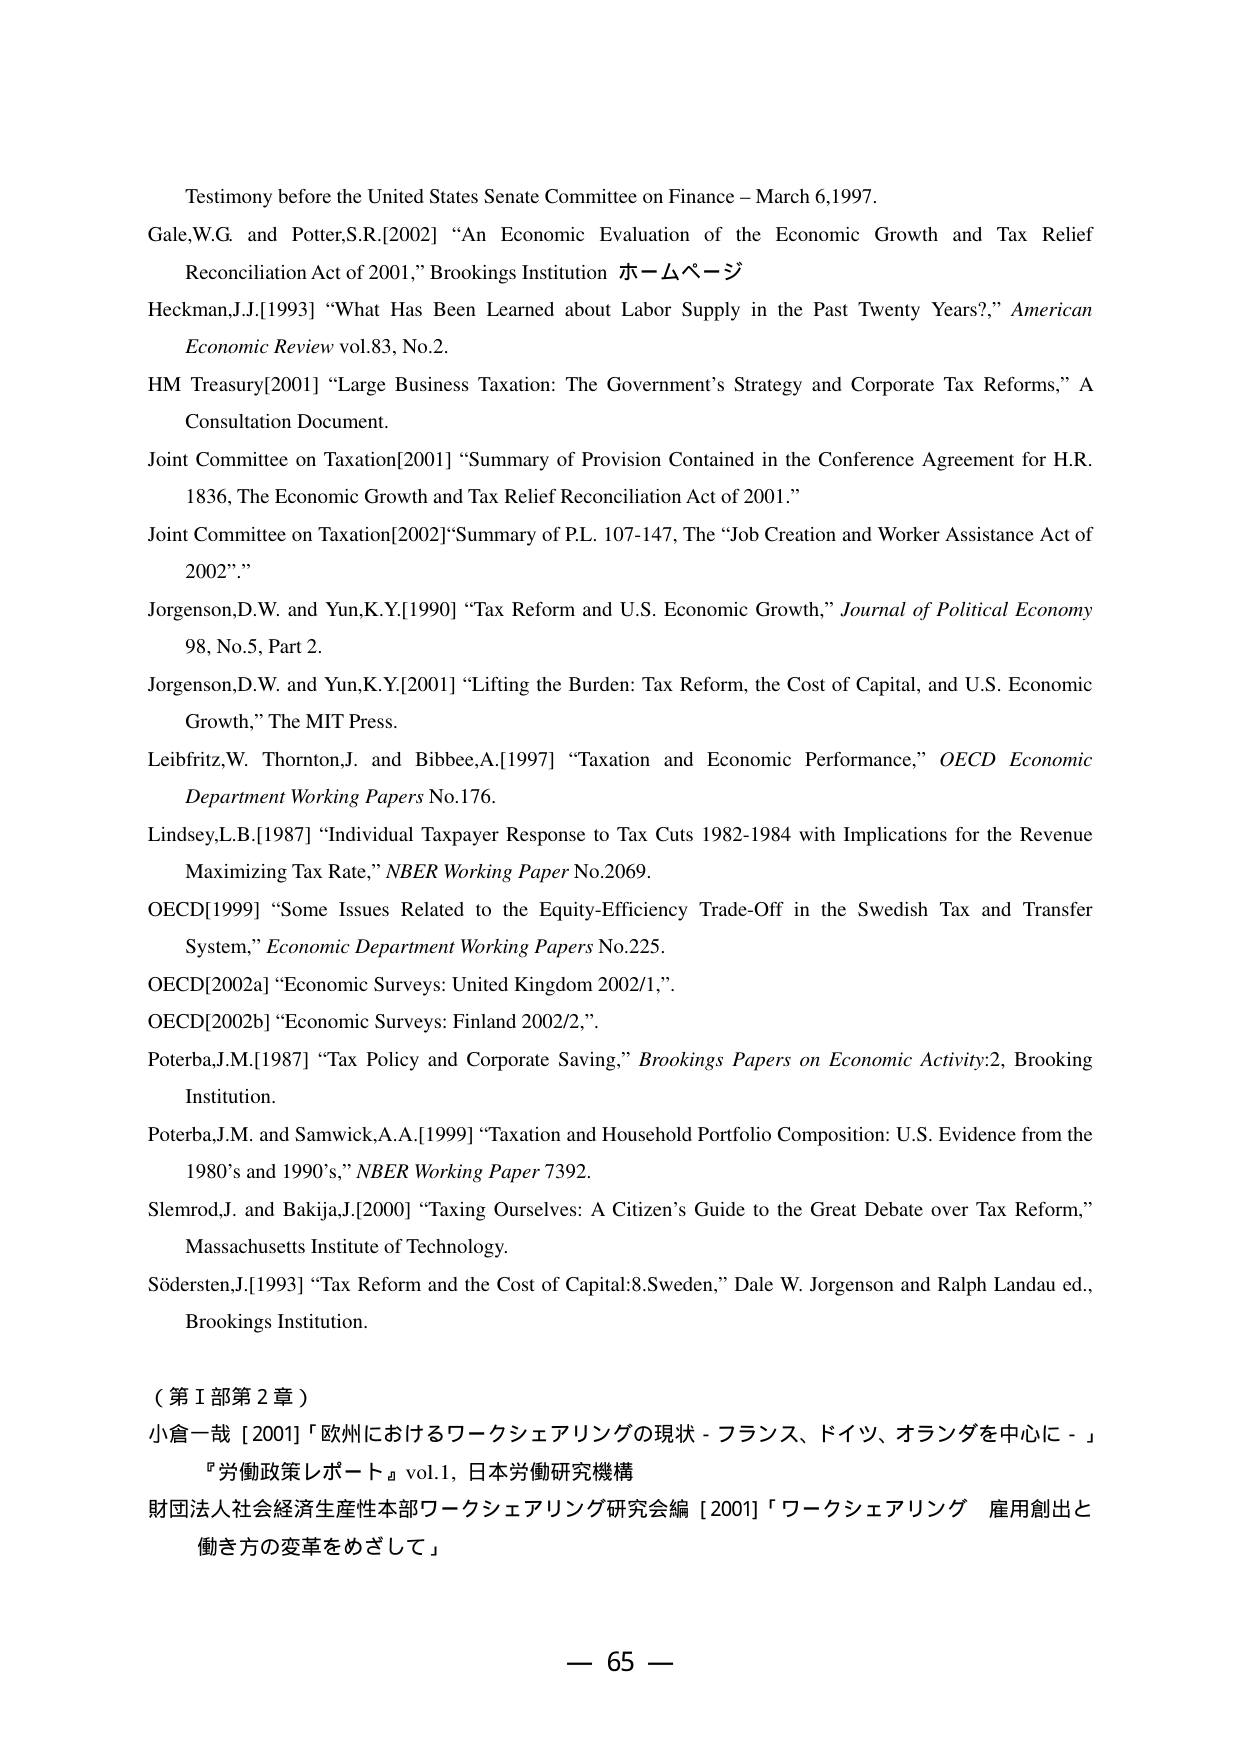
Testimony before the United States Senate Committee on Finance – March 6,1997.
Gale,W.G. and Potter,S.R.[2002] “An Economic Evaluation of the Economic Growth and Tax Relief Reconciliation Act of 2001,” Brookings Institution ホームページ
Heckman,J.J.[1993] “What Has Been Learned about Labor Supply in the Past Twenty Years?,” American Economic Review vol.83, No.2.
HM Treasury[2001] “Large Business Taxation: The Government’s Strategy and Corporate Tax Reforms,” A Consultation Document.
Joint Committee on Taxation[2001] “Summary of Provision Contained in the Conference Agreement for H.R. 1836, The Economic Growth and Tax Relief Reconciliation Act of 2001.”
Joint Committee on Taxation[2002]“Summary of P.L. 107-147, The “Job Creation and Worker Assistance Act of 2002”.”
Jorgenson,D.W. and Yun,K.Y.[1990] “Tax Reform and U.S. Economic Growth,” Journal of Political Economy 98, No.5, Part 2.
Jorgenson,D.W. and Yun,K.Y.[2001] “Lifting the Burden: Tax Reform, the Cost of Capital, and U.S. Economic Growth,” The MIT Press.
Leibfritz,W. Thornton,J. and Bibbee,A.[1997] “Taxation and Economic Performance,” OECD Economic Department Working Papers No.176.
Lindsey,L.B.[1987] “Individual Taxpayer Response to Tax Cuts 1982-1984 with Implications for the Revenue Maximizing Tax Rate,” NBER Working Paper No.2069.
OECD[1999] “Some Issues Related to the Equity-Efficiency Trade-Off in the Swedish Tax and Transfer System,” Economic Department Working Papers No.225.
OECD[2002a] “Economic Surveys: United Kingdom 2002/1,”.
OECD[2002b] “Economic Surveys: Finland 2002/2,”.
Poterba,J.M.[1987] “Tax Policy and Corporate Saving,” Brookings Papers on Economic Activity:2, Brookings Institution.
Poterba,J.M. and Samwick,A.A.[1999] “Taxation and Household Portfolio Composition: U.S. Evidence from the 1980’s and 1990’s,” NBER Working Paper 7392.
Slemrod,J. and Bakija,J.[2000] “Taxing Ourselves: A Citizen’s Guide to the Great Debate over Tax Reform,” Massachusetts Institute of Technology.
Södersten,J.[1993] “Tax Reform and the Cost of Capital:8.Sweden,” Dale W. Jorgenson and Ralph Landau ed., Brookings Institution.

（第Ⅰ部第2章）
小倉一哉 [2001] 「欧州におけるワークシェアリングの現状－フランス、ドイツ、オランダを中心に－」
『労働政策レポート』 vol.1, 日本労働研究機構
財団法人社会経済生産性本部ワークシェアリング研究会編 [2001] 「ワークシェアリング 雇用創出と働き方の変革をめざして」

— 65 —